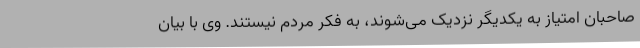
صاحبان امتیاز به یکدیگر نزدیک می‌شوند، به فکر مردم نیستند. وی با بیان